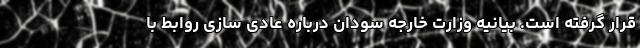
قرار گرفته است. بیانیه وزارت خارجه سودان درباره عادی سازی روابط با